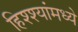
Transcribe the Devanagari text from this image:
हिश्श्यांमध्ये